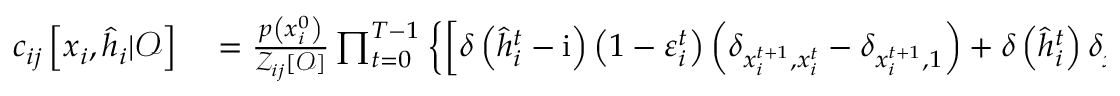
\begin{array} { r l } { c _ { i j } \left[ \boldsymbol { x } _ { i } , \hat { \boldsymbol { h } } _ { i } | \boldsymbol { \mathcal { O } } \right] } & { { } = \frac { p \left( x _ { i } ^ { 0 } \right) } { \mathcal { Z } _ { i j } [ \boldsymbol { \mathcal { O } } ] } \prod _ { t = 0 } ^ { T - 1 } \left\{ \left[ \delta \left( \hat { h } _ { i } ^ { t } - \mathrm { i } \right) \left( 1 - \varepsilon _ { i } ^ { t } \right) \left( \delta _ { x _ { i } ^ { t + 1 } , x _ { i } ^ { t } } - \delta _ { x _ { i } ^ { t + 1 } , 1 } \right) + \delta \left( \hat { h } _ { i } ^ { t } \right) \delta _ { x _ { i } ^ { t + 1 } , 1 } \right] p \left( { O } _ { i } ^ { t } | x _ { i } ^ { t } \right) \right\} } \end{array}